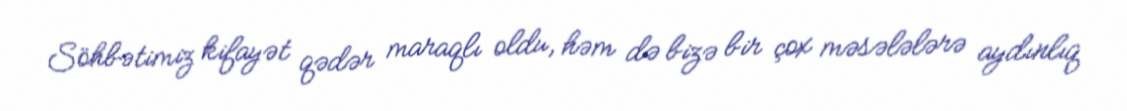
Söhbətimiz kifayət qədər maraqlı oldu, həm də bizə bir çox məsələlərə aydınlıq